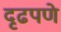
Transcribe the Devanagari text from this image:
दृढपणे